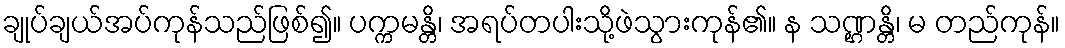
ချုပ်ချယ်အပ်ကုန်သည်ဖြစ်၍။ ပက္ကမန္တိ၊ အရပ်တပါးသို့ဖဲသွားကုန်၏။ န သဏ္ဌန္တိ၊ မ တည်ကုန်။